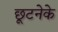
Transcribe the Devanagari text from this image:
छूटनेके